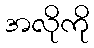
အလိုကို